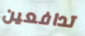
تدافعين